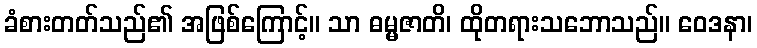
ခံစားတတ်သည်၏ အဖြစ်ကြောင့်။ သာ ဓမ္မဇာတိ၊ ထိုတရားသဘောသည်။ ဝေဒနာ၊